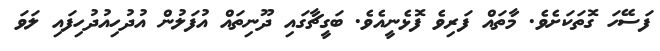
ފަސޭހަ ގޮތަކަށެވެ. މާތައް ފަރިވެ ފޮޅެނީއެވެ. ބަގީޗާގައި ދޫނިތައް އުފަލުން އުދުހިއުދުހިފައި ލަވަ